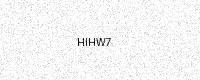
Text: HIHW7